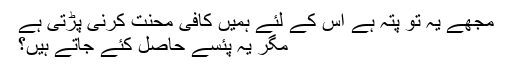
مجھے یہ تو پتہ ہے اس کے لئے ہمیں کافی محنت کرنی پڑتی ہے
مگر یہ پئسے حاصل کئے جاتے ہیں؟